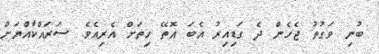
ބުނި ވަގުތު ޖެހެން ދެ ގަޑިއިރު އެބަ އޮތޭ ހިތަށް އެރިއެވެ. ސަރައްކާއްޔަށް